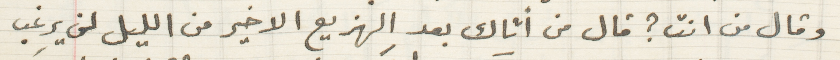
وقال من انت؟ قال من أتاك بعد الهزيع الاخير من الليل لن يرغب